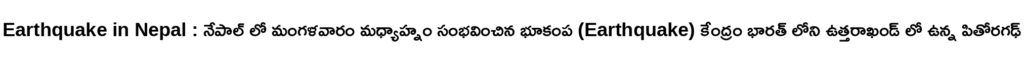
Earthquake in Nepal : నేపాల్ లో మంగళవారం మధ్యాహ్నం సంభవించిన భూకంప (Earthquake) కేంద్రం భారత్ లోని ఉత్తరాఖండ్ లో ఉన్న పితోరగఢ్